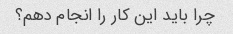
چرا باید این کار را انجام دهم؟